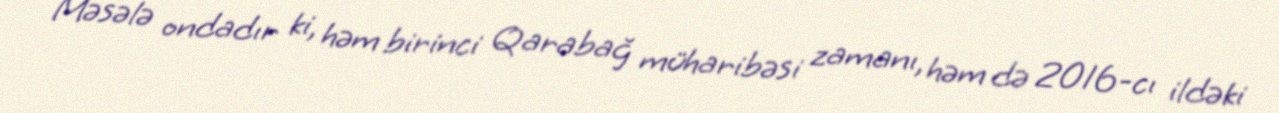
Məsələ ondadır ki, həm birinci Qarabağ müharibəsi zamanı, həm də 2016-cı ildəki